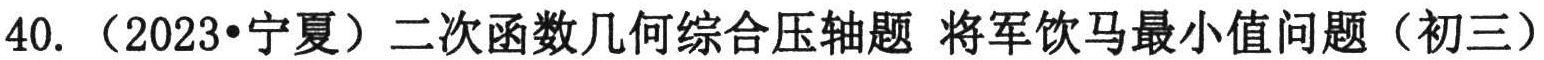
40. （2023•宁夏）二次函数几何综合压轴题 将军饮马最小值问题（初三）